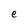
Character: e